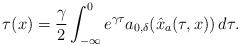
LaTeX: \begin{align*}\tau(x) = \dfrac{\gamma}{2} \int_{-\infty}^0 e^{\gamma\tau} a_{0,\delta}(\hat{x}_a(\tau,x))\,d\tau.\end{align*}